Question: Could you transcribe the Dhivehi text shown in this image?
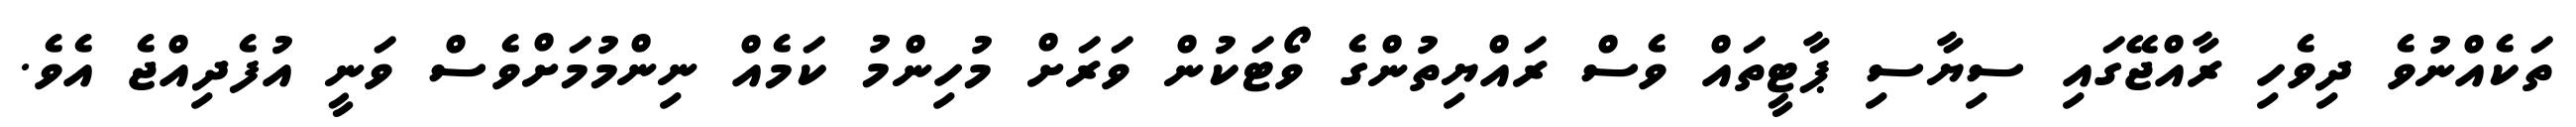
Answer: ތަކެއްނުވެ ދިވެހި ރާއްޖޭގައި ސިޔާސި ޕާޓީތައް ވެސް ރައްޔިތުންގެ ވޯޓަކުން ވަރަށް މުހިންމު ކަމެއް ނިންމުމަށްވެސް ވަނީ އުފެދިއްޖެ އެވެ.